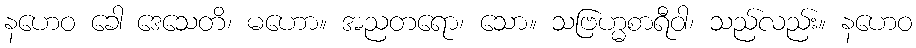
နဟေဝ ခေါ ဒေသေတိ၊ မဟော။ အညတရော၊ သော။ သဗြဟ္မစာရီဝါ၊ သည်လည်း။ နဟေဝ